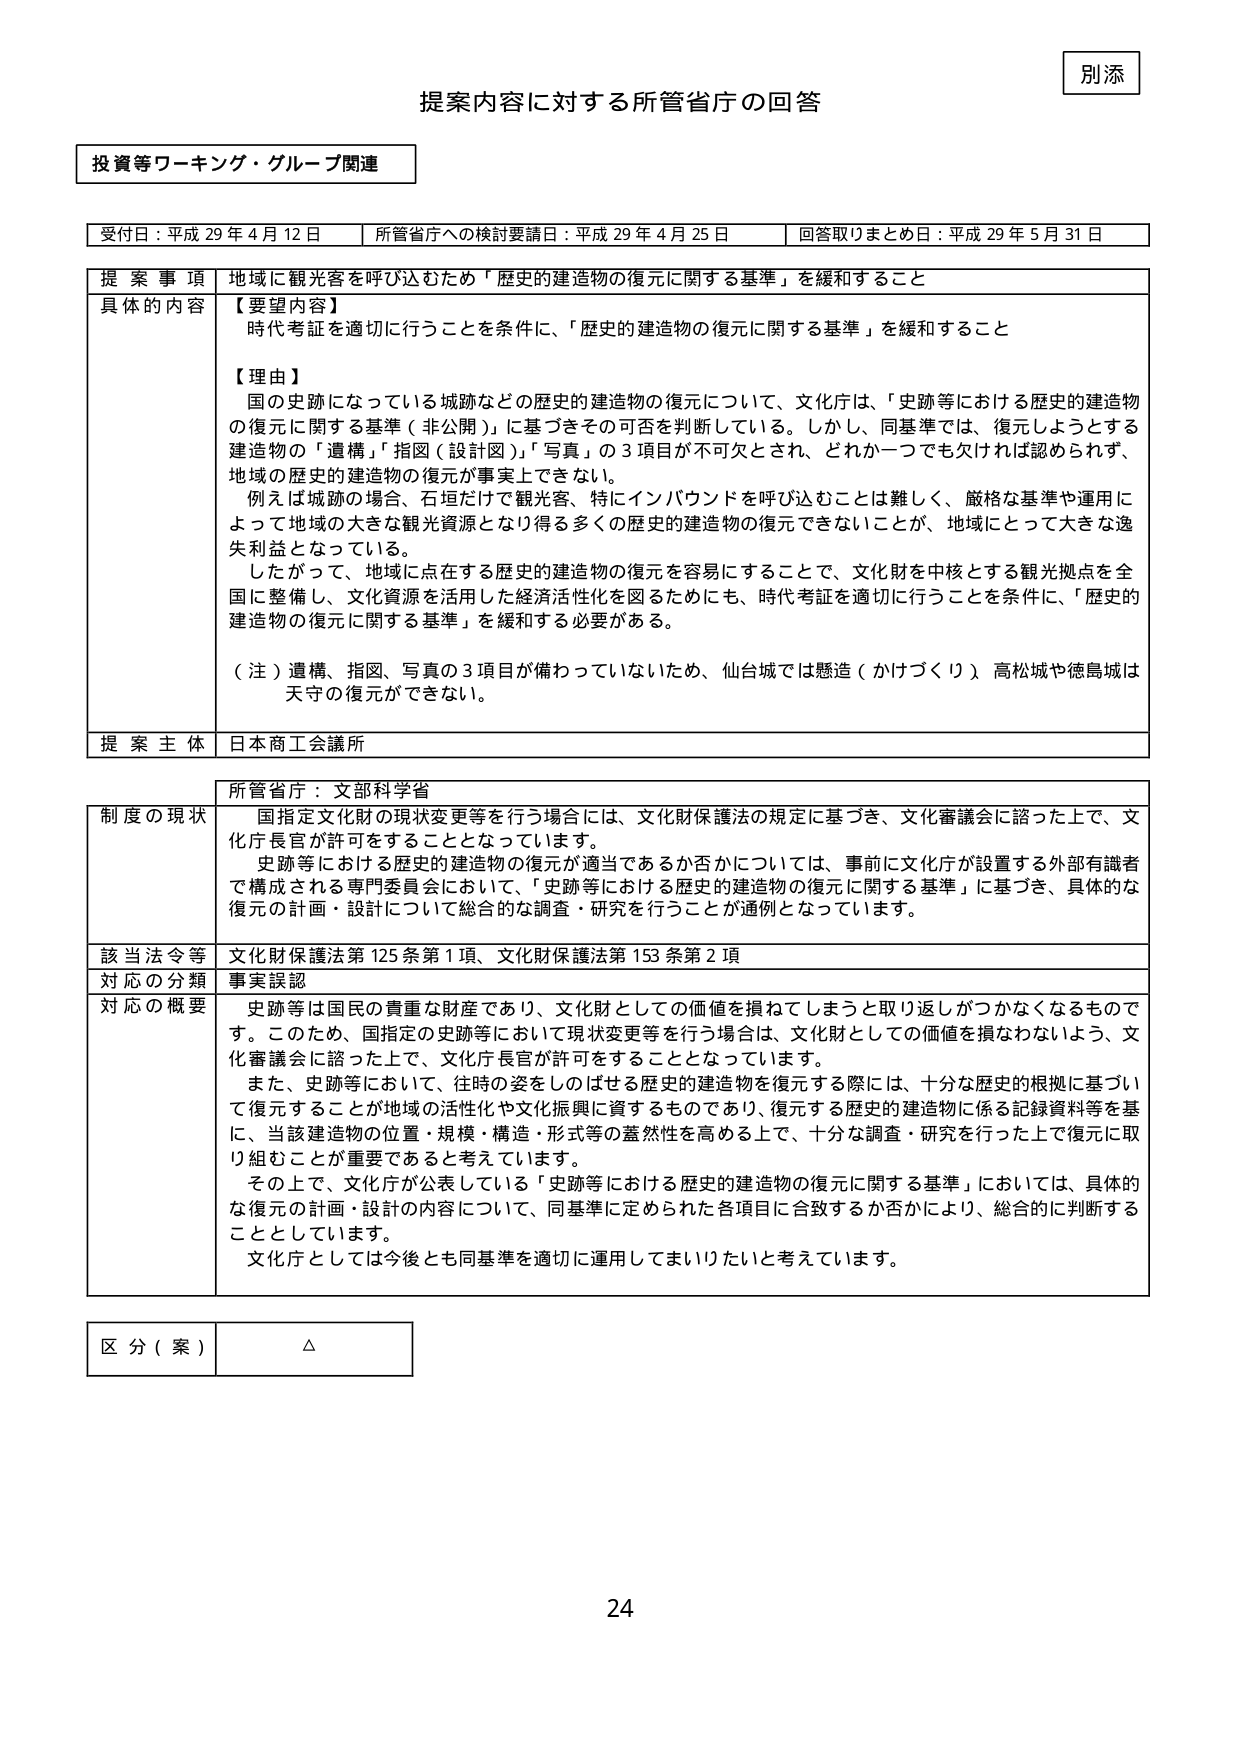
別添

提案内容に対する所管省庁の回答

投資等ワーキング・グループ関連

受付日：平成29年4月12日　　所管省庁への検討要請日：平成29年4月25日　　回答取りまとめ日：平成29年5月31日

提案事項　地域に観光客を呼び込むため「歴史的建造物の復元に関する基準」を緩和すること

具体的な内容　【要望内容】
時代考証を適切に行うことを条件に、「歴史的建造物の復元に関する基準」を緩和すること

【理由】
国の史跡になっている城跡などの歴史的建造物の復元について、文化庁は、「史跡等における歴史的建造物の復元に関する基準（非公開）」に基づきその可否を判断している。しかし、同基準では、復元しようとする建造物の「遺構」「指図（設計図）」「写真」の3項目が不可欠とされ、どれか一つでも欠ければ認められず、地域の歴史的建造物の復元が事実上できない。
例えば城跡の場合、石垣だけで観光客、特にインバウンドを呼び込むことは難しく、厳格な基準や運用によって地域の大きな観光資源となり得る多くの歴史的建造物の復元できないことが、地域にとって大きな逸失利益となっている。
したがって、地域に点在する歴史的建造物の復元を容易にすることで、文化財を中核とする観光拠点を全国に整備し、文化資源を活用した経済活性化を図るためにも、時代考証を適切に行うことを条件に、「歴史的建造物の復元に関する基準」を緩和する必要がある。

（注）遺構、指図、写真の3項目が備わっていないため、仙台城では懸造（かけづくり）高松城や徳島城は天守の復元ができない。

提案主体　日本商工会議所

所管省庁：文部科学省

制度の現状　国指定文化財の現状変更等を行う場合には、文化財保護法の規定に基づき、文化審議会に諮った上で、文化庁長官が許可をすることとなっています。
史跡等における歴史的建造物の復元が適当であるか否かについては、事前に文化庁が設置する外部有識者で構成される専門委員会において、「史跡等における歴史的建造物の復元に関する基準」に基づき、具体的な復元の計画・設計について総合的な調査・研究を行うことが通例となっています。

該当法令等　文化財保護法第125条第1項、文化財保護法第153条第2項

対応の分類　事実誤認

対応の概要　史跡等は国民の貴重な財産であり、文化財としての価値を損ねてしまうと取り返しがつかなくなるものです。このため、国指定の史跡等において現状変更等を行う場合は、文化財としての価値を損なわないよう、文化審議会に諮った上で、文化庁長官が許可をすることとなっています。
また、史跡等において、往時の姿をしのばせる歴史的建造物を復元する際には、十分な歴史的根拠に基づいて復元することが地域の活性化や文化振興に資するものであり、復元する歴史的建造物に係る記録資料等を基に、当該建造物の位置・規模・構造・形式等の蓋然性を高める上で、十分な調査・研究を行った上で復元に取り組むことが重要であると考えています。
その上で、文化庁が公表している「史跡等における歴史的建造物の復元に関する基準」においては、具体的な復元の計画・設計の内容について、同基準に定められた各項目に合致するか否かにより、総合的に判断することとしています。
文化庁としては今後とも同基準を適切に運用してまいりたいと考えています。

区分（案）　△

24